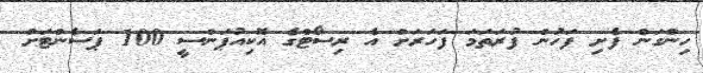
ހިންގަން ފެށި ފަހުން ފުރަތަމަ ފަހަރަށް އެ ރިސޯޓްގެ އޮކިއުޕަންސީ 100 ޕަސެންޓަށް